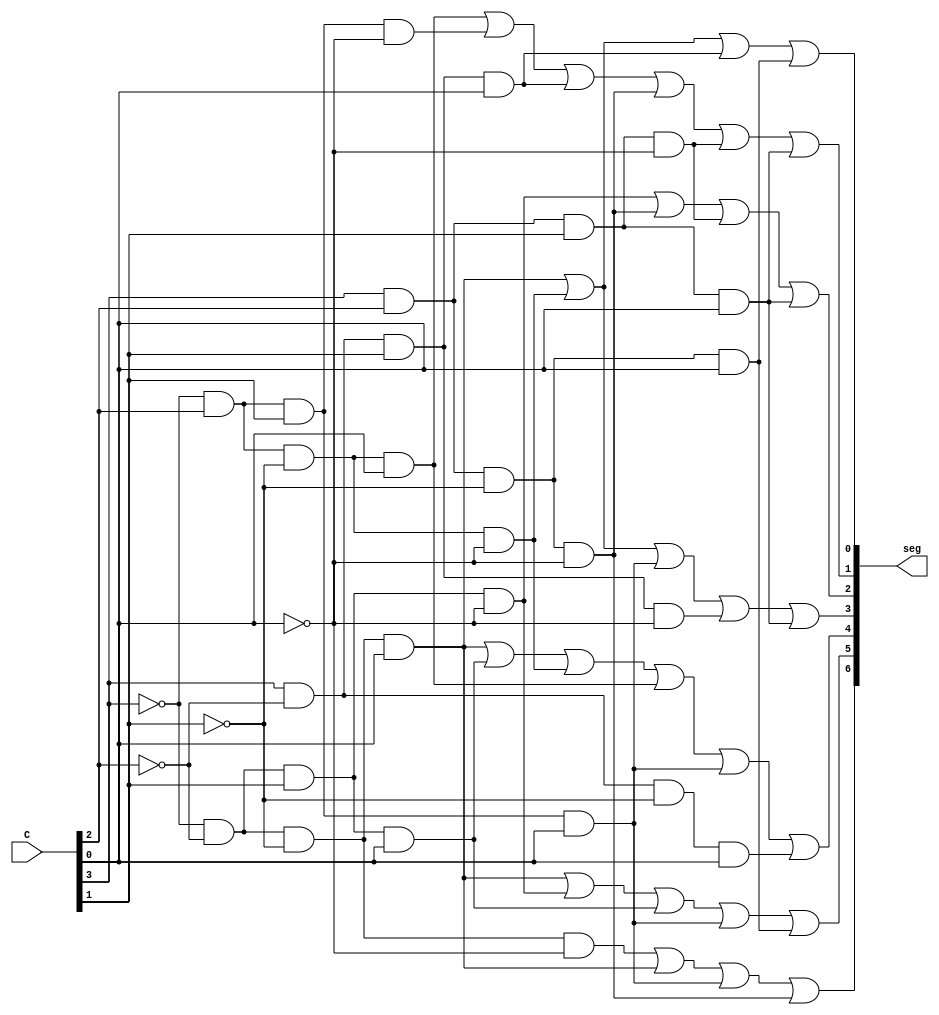
module seg7(C, seg);
	input[3:0] C;
	output[6:0] seg;
	
	assign seg[0] = (~C[3]&~C[2]&~C[1]&C[0])|
						  (~C[3]&C[2]&~C[1]&~C[0])|
						  (C[3]&~C[2]&C[1]&C[0])|
						  (C[3]&C[2]&~C[1]&C[0]);
						  
	assign seg[1] = (~C[3]&C[2]&~C[1]&C[0])|
						  (~C[3]&C[2]&C[1]&~C[0])|
						  (C[3]&~C[2]&C[1]&C[0])|
						  (C[3]&C[2]&~C[1]&~C[0])|
						  (C[3]&C[2]&C[1]&~C[0])|
						  (C[3]&C[2]&C[1]&C[0]);
						  
	assign seg[2] = (~C[3]&~C[2]&C[1]&~C[0])|
						  (C[3]&C[2]&~C[1]&~C[0])|
						  (C[3]&C[2]&C[1]&~C[0])|
						  (C[3]&C[2]&C[1]&C[0]);
						  
	assign seg[3] = (~C[3]&~C[2]&~C[1]&C[0])|
						  (~C[3]&C[2]&~C[1]&~C[0])|
						  (~C[3]&C[2]&C[1]&C[0])|
						  (C[3]&~C[2]&C[1]&~C[0])|
						  (C[3]&C[2]&C[1]&C[0]);
						  
	assign seg[4] = (~C[3]&~C[2]&~C[1]&C[0])|
						  (~C[3]&~C[2]&C[1]&C[0])|
						  (~C[3]&C[2]&~C[1]&~C[0])|
						  (~C[3]&C[2]&~C[1]&C[0])|
						  (~C[3]&C[2]&C[1]&C[0])|
						  (C[3]&~C[2]&~C[1]&C[0]);
						  
	assign seg[5] = (~C[3]&~C[2]&~C[1]&C[0])|
						  (~C[3]&~C[2]&C[1]&~C[0])|
						  (~C[3]&~C[2]&C[1]&C[0])|
						  (~C[3]&C[2]&C[1]&C[0])|
						  (C[3]&C[2]&~C[1]&C[0]);
						  
	assign seg[6] = (~C[3]&~C[2]&~C[1]&~C[0])|
						  (~C[3]&~C[2]&~C[1]&C[0])|
						  (~C[3]&C[2]&C[1]&C[0])|
						  (C[3]&C[2]&~C[1]&~C[0]);
endmodule


module FA(a, b, c_in, s, c_out);
	input a, b, c_in;
	output s, c_out;
	
	assign s = c_in ^ b ^ a; // ^: XOR
	assign c_out = (b&a) | (c_in&b) | (c_in&a);

endmodule


module four_bit_ripple(a, b, c_in, s, c_out);
	input[3:0] a,b;
	input c_in;
	output [3:0] s;
	output c_out;
	wire c1, c2, c3;
	
	FA FA0(a[0], b[0], c_in, s[0], c1);
	FA FA1(a[1], b[1], c1, s[1], c2);
	FA FA2(a[2], b[2], c2, s[2], c3);
	FA FA3(a[3], b[3], c3, s[3], c_out);

endmodule


module ALU(A, register, ALUout, func);
	input[3:0] A;
	input[7:0] register;
	input[2:0] func;
	reg[7:0] out;
	wire [3:0] B;
	wire[4:0] AdderOut;
	output[7:0] ALUout;
	
	assign B = register[3:0];
	
	four_bit_ripple u1(.a(A[3:0]), .b(B[3:0]), .c_in(1'b0), .s(AdderOut[3:0]), .c_out(AdderOut[4]));
	
	always@(*)
	begin
		case(~func)
			3'b000: out = {3'b0, AdderOut};
			3'b001: out = A + B;
			3'b010: out = {A~^B, ~A|~B};
			3'b011: out = (|{A,B})?8'b00001111:8'b0;
			3'b100: out = ((A[0]+A[1]+A[2]+A[3] == 2'b01) && 
								(B[0]+B[1]+B[2]+B[3] == 3'b010))?8'b11110000:8'b0;
			3'b101: out = {A, ~B};
			3'b110: out = register;
			default: out = 8'b0;
		endcase
	end
	assign ALUout = out;
endmodule